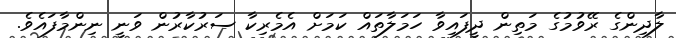
ލާދިންގެ ރޭވުމުގެ މަތިން ދީފައިވާ ހަމަލާތައް ކަމަށް އެމެރިކާ ސަރުކާރުން ވަނީ ނިންމާފައެވެ.